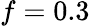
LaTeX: f=0.3